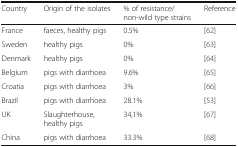
| Country | Origin of the isolates | % of resistance/non-wild type strains | Reference |
 | --- | --- | --- | --- |
 | France | faeces, healthy pigs | 0.5% | [62] |
 | Sweden | healthy pigs | 0% | [63] |
 | Denmark | healthy pigs | 0% | [64] |
 | Belgium | pigs with diarrhoea | 9.6% | [65] |
 | Croatia | pigs with diarrhoea | 3% | [66] |
 | Brazil | pigs with diarrhoea | 28.1% | [53] |
 | UK | Slaughterhouse, healthy pigs | 34,1% | [67] |
 | China | pigs with diarrhoea | 33.3% | [68] |